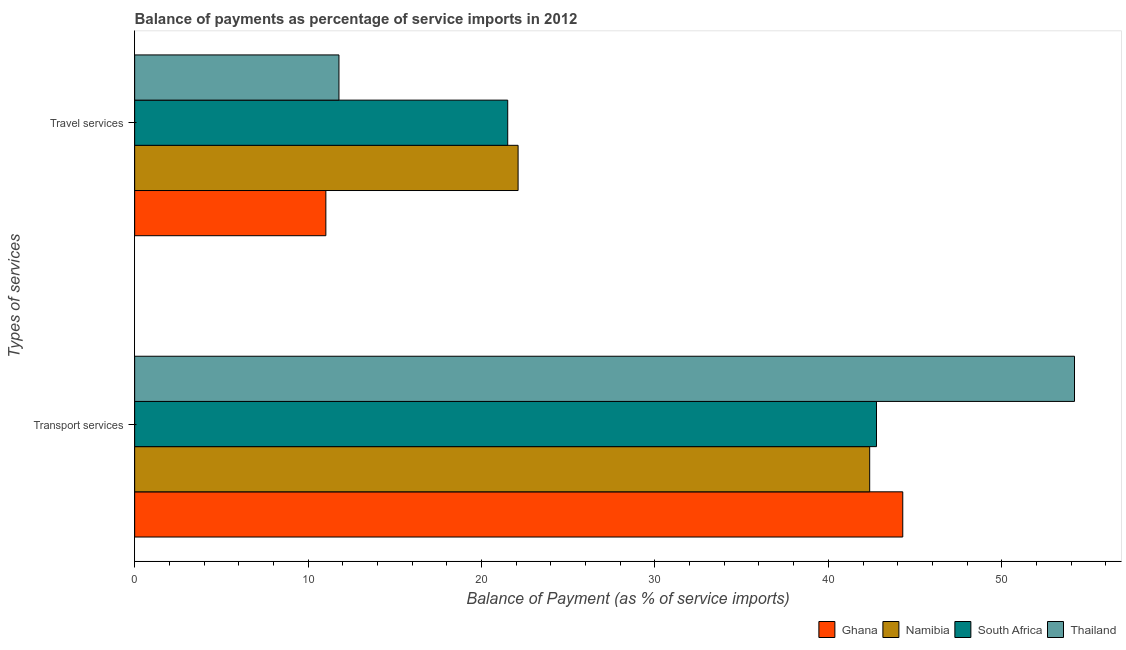
| Types of services | Ghana | Namibia | South Africa | Thailand |
 | --- | --- | --- | --- | --- |
 | Transport services | 44.3 | 42.4 | 42.8 | 54.2 |
 | Travel services | 11 | 22.1 | 21.5 | 11.8 |